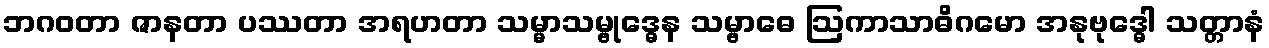
ဘဂဝတာ ဇာနတာ ပဿတာ အရဟတာ သမ္မာသမ္ဗုဒ္ဓေန သမ္ဗာဓေ ဩကာသာဓိဂမော အနုဗုဒ္ဓေါ သတ္တာနံ